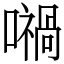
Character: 𡁜